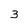
Character: 3